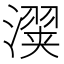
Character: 𬉇